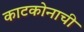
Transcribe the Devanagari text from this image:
काटकोनाची